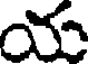
య